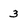
Character: 3